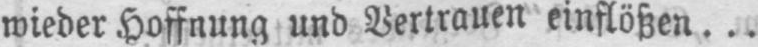
wieder Hoffnung und Vertrauen einflößen...